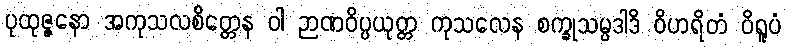
ပုထုဇ္ဇနော အကုသလစိတ္တေန ဝါ ဉာဏဝိပ္ပယုတ္တ ကုသလေန စက္ခုသမ္ပဒါဒိ ဝိဟရိတံ ဝိရူပံ